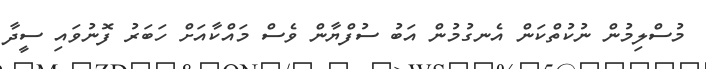
މުސްލިމުން ނުކުތްކަން އެނގުމުން އަބު ސުފްޔާން ވެސް މައްކާއަށް ހަބަރު ފޮނުވައި ސީދާ